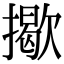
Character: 𢶆